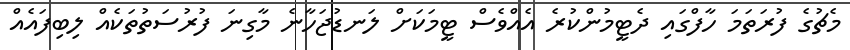
މެޗުގެ ފުރަތަމަ ހާފްގައި ދެޓީމުންކުރެ އެއްވެސް ޓީމަކަށް ލަނޑުޖަހާނެ މާގިނަ ފުރުސަތުތަކެއް ލިބިފައެއް